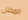
المخلل